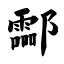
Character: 酃